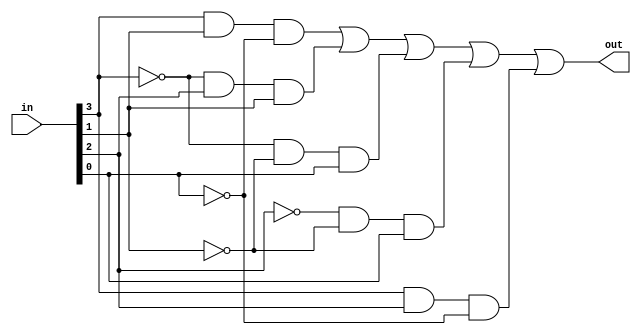
module kevin_G(in,out);
	input [3:0]in;
	output out;

	wire nota,notb,notc,notd;
	wire and0,and1,and2,and3,and4;
	wire or0;

	not n1(nota,in[3]);
	not n2(notb,in[2]);
	not n3(notc,in[1]);
	not n4(notd,in[0]);

	and a0(and0,in[3],in[1],notd);
	and a1(and1,nota,in[2],in[1]);
	and a2(and2,nota,notc,in[0]);
	and a3(and3,notb,notc,in[0]);
	and a4(and4,in[3],in[2],notd);

	or o0(out,and0,and1,and2,and3,and4);
endmodule


module kevin_D(in,out);
	input [3:0]in;
	output out;
	assign out=(in[3]&in[1]&!in[0]) | (!in[3]&in[2]&in[1]) | (!in[3]&!in[1]&in[0]) | (!in[2]&!in[1]&in[0]) | (in[3]&in[2]&!in[0]);
endmodule


module kevin_B(in,out);
	input [3:0]in;
	output out;
	reg out;
	
	always@(*)begin
		case(in)
			1,5,6,7,9,10,12,14: begin
				out=1'b1;
			end
			default: begin
				out=1'b0;
			end
		endcase
	end


endmodule